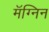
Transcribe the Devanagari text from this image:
मॅग्निन